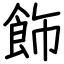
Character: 飾